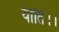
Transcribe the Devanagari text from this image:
याति।।